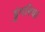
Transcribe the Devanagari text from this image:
डुंगरिया